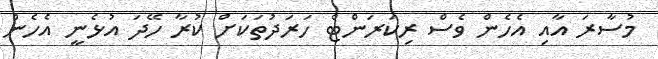
މުސާރަ އާއި އެހެން ވެސް ރިކަރަންޓް ހަރަދުތަކަށް ކުރާ ހޭދަ އުޅެނީ އެހެން